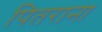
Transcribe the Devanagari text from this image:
पितराना